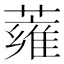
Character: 蕹